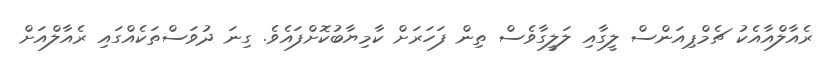
ރެއާލްއާއެކު ޗެމްޕިއަންސް ލީގާއި ލަލީގާވެސް ތިން ފަހަރަށް ކާމިޔާބުކޮށްފައެވެ. ގިނަ ދުވަސްތަކެއްގައި ރެއާލްއަށް